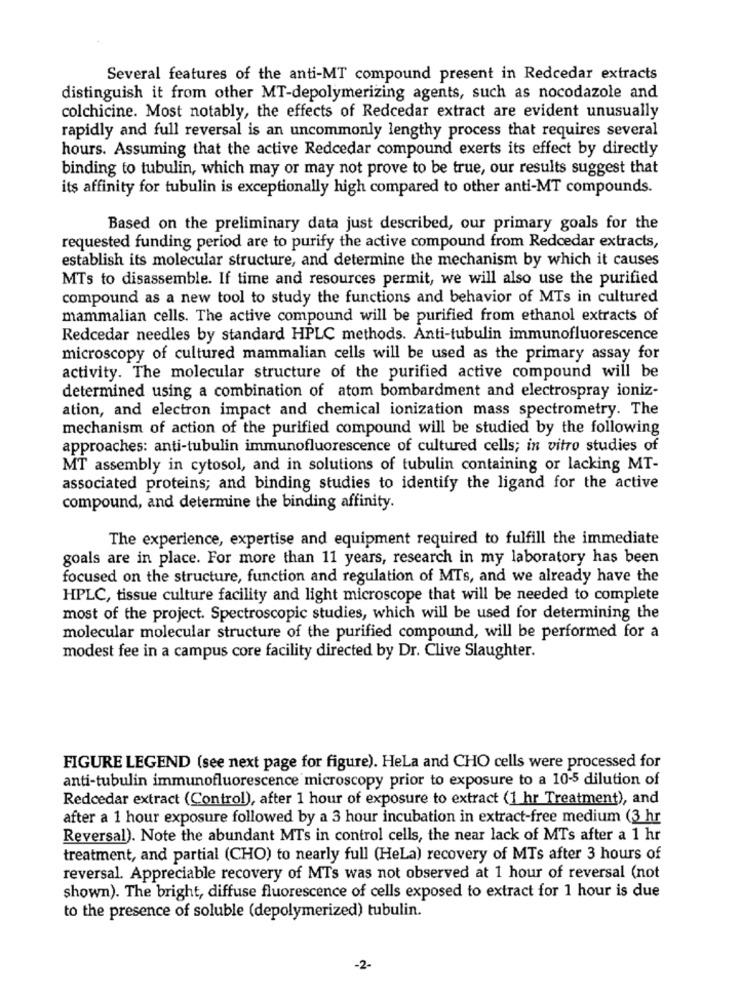
Several features of the anti-MT compound present in Redcedar extracts
distinguish it from other MT-depolymerizing agents, such as nocodazole and
colchicine. Most notably, the effects of Redcedar extract are evident unusually
rapidly and full reversal is an uncommonly lengthy process that requires several
hours. Assuming that the active Redcedar compound exerts its effect by directly
binding to tubulin, which may or may not prove to be true, our results suggest that
its affinity for tubulin is exceptionally high compared to other anti-MT compounds.
Based on the preliminary data just described, our primary goals for the
requested funding period are to purify the active compound from Redcedar extracts,
establish its molecular structure, and determine the mechanism by which it causes
MTs to disassemble. If time and resources permit, we will also use the purified
compound as a new tool to study the functions and behavior of MTs in cultured
mammalian cells. The active compound will be purified from ethanol extracts of
Redcedar needles by standard HPLC methods. Anti-tubulin immunofluorescence
microscopy of cultured mammalian cells will be used as the primary assay for
activity. The molecular structure of the purified active compound will be
determined using a combination of atom bombardment and electrospray ioniz-
ation, and electron impact and chemical ionization mass spectrometry. The
mechanism of action of the purified compound will be studied by the following
approaches: anti-tubulin immunofluorescence of cultured cells; in vitro studies of
MT assembly in cytosol, and in solutions of tubulin containing or lacking MT-
associated proteins; and binding studies to identify the ligand for the active
compound, and determine the binding affinity.
The experience, expertise and equipment required to fulfill the immediate
goals are in place. For more than 11 years, research in my laboratory has been
focused on the structure, function and regulation of MTs, and we already have the
HPLC, tissue culture facility and light microscope that will be needed to complete
most of the project. Spectroscopic studies, which will be used for determining the
molecular molecular structure of the purified compound, will be performed for a
modest fee in a campus core facility directed by Dr. Clive Slaughter.
FIGURE LEGEND (see next page for figure). HeLa and CHO cells were processed for
anti-tubulin immunofluorescence microscopy prior to exposure to a 10-5 dilution of
Redcedar extract (Control), after 1 hour of exposure to extract (1 hr Treatment), and
after a 1 hour exposure followed by a 3 hour incubation in extract-free medium (3 hr
Reversal). Note the abundant MTs in control cells, the near lack of MTs after a 1 hr
treatment, and partial (CHO) to nearly full (HeLa) recovery of MTs after 3 hours of
reversal. Appreciable recovery of MTs was not observed at 1 hour of reversal (not
shown). The bright, diffuse fluorescence of cells exposed to extract for 1 hour is due
to the presence of soluble (depolymerized) tubulin.
-2-